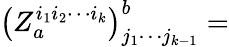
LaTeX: \left(Z_{a}^{i_{1}i_{2}\cdots i_{k}}\right)_{j_{1}\cdots j_{k-1}}^{b}=